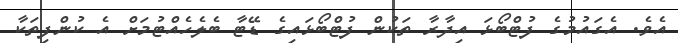
އެވެ. އެގައުމުގެ ފުޓްބޯޅަ އިދާރާ ތަކުން ފުޓްބޯޅައިގެ ޑޭޓާ ބެލެހެއްޓުމަށް އެ ކުންފިތަކާ